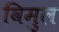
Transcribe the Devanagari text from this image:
विमुल